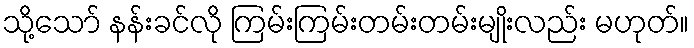
သို့သော် နန်းခင်လို ကြမ်းကြမ်းတမ်းတမ်းမျိုးလည်း မဟုတ်။